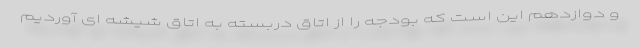
و دوازدهم این است که بودجه را از اتاق دربسته به اتاق شیشه ای آوردیم